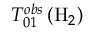
T _ { 0 1 } ^ { o b s } \left( \mathrm { H } _ { 2 } \right)